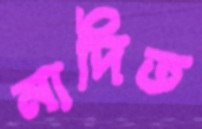
নাদিত